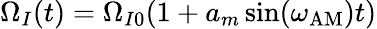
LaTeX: \Omega_{I}(t)=\Omega_{I0}(1+a_{m}\sin(\omega_{\mathrm{AM}})t)